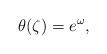
LaTeX: \begin{align*}\theta(\zeta) = e^{\omega},\end{align*}